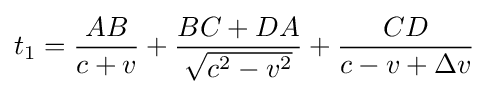
t_{1}={\frac {AB}{c+v}}+{\frac {BC+DA}{\sqrt {c^{2}-v^{2}}}}+{\frac {CD}{c-v+\Delta v}}